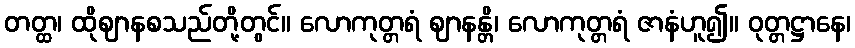
တတ္ထ၊ ထိုဈာနစသည်တို့တွင်။ လောကုတ္တရံ ဈာနန္တိ၊ လောကုတ္တရံ ဇာနံဟူ၍။ ဝုတ္တဋ္ဌာနေ၊